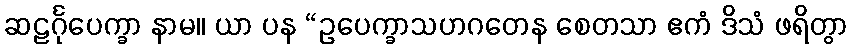
ဆဠင်္ဂုပေက္ခာ နာမ။ ယာ ပန “ဥပေက္ခာသဟဂတေန စေတသာ ဧကံ ဒိသံ ဖရိတွာ